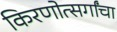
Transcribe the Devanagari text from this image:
किरणोत्सर्गांचा